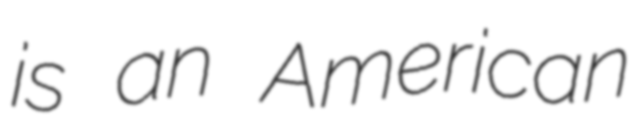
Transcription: is an American